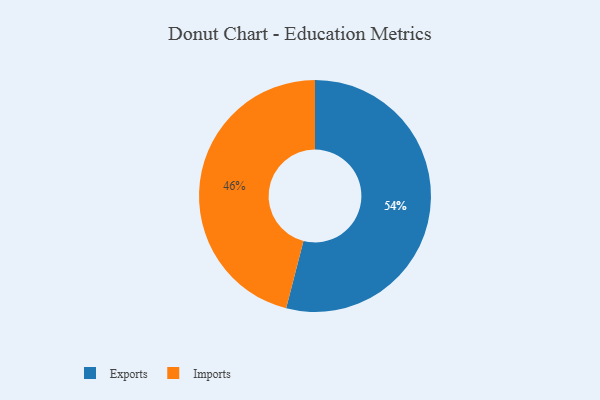
{"axis": {"x": "Category", "y": "Percentage"}, "legend": ["Exports", "Imports"], "data": [{"x": "Exports", "y": 54, "type": "Exports"}, {"x": "Imports", "y": 46, "type": "Imports"}]}